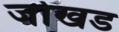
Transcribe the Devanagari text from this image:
जोखड